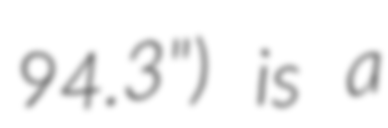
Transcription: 94.3") is a